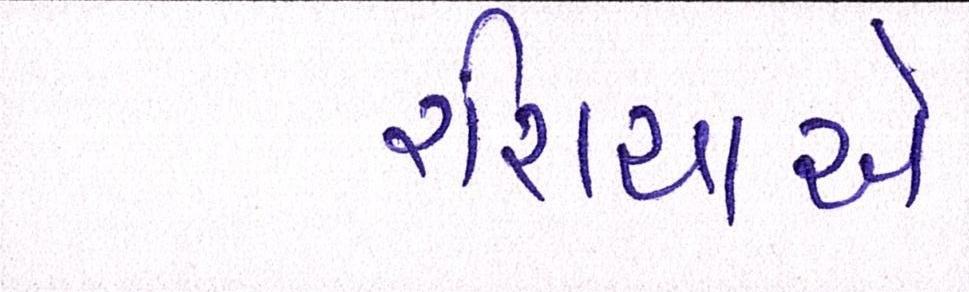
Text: રશિયાએ